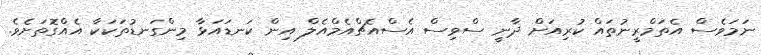
ނަމަވެސް އެތަމްރީނުތައް ކުރިއަށް ދާނީ ސްވިސް އެސްއެޗްއެމްއެލް އިން ކަނޑައަޅާ މިންގަނޑުތަކަކާ އެއްގޮތަށެވެ.